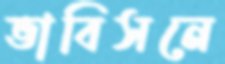
ভাবিসনে